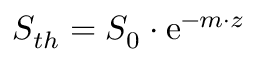
S _ { t h } = S _ { 0 } \cdot \mathrm e ^ { - m \cdot z }